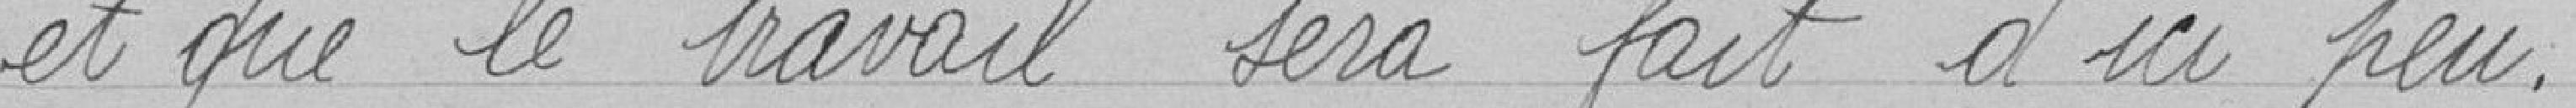
et que le travail sera fait d'ici peu.